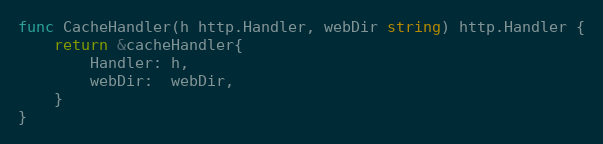
Language: Go
func CacheHandler(h http.Handler, webDir string) http.Handler {
	return &cacheHandler{
		Handler: h,
		webDir:  webDir,
	}
}